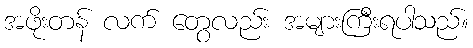
အဖိုးတန် လက် တွေလည်း အများကြီးရပါသည်။